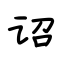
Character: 诏